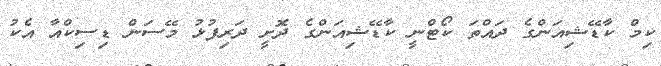
ކިމް ކާޑޭޝިއަންގެ ދައްތަ ކޯޓްނީ ކާޑޭޝިއަންގެ ދޮށީ ދަރިފުޅު މޭސަން ޑިސިކްއާ އެކު